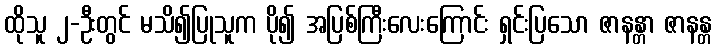
ထိုသူ ၂-ဦးတွင် မသိ၍ပြုသူက ပို၍ အပြစ်ကြီးလေးကြောင်း ရှင်းပြသော ဇာနန္တာ ဇာနန္တ